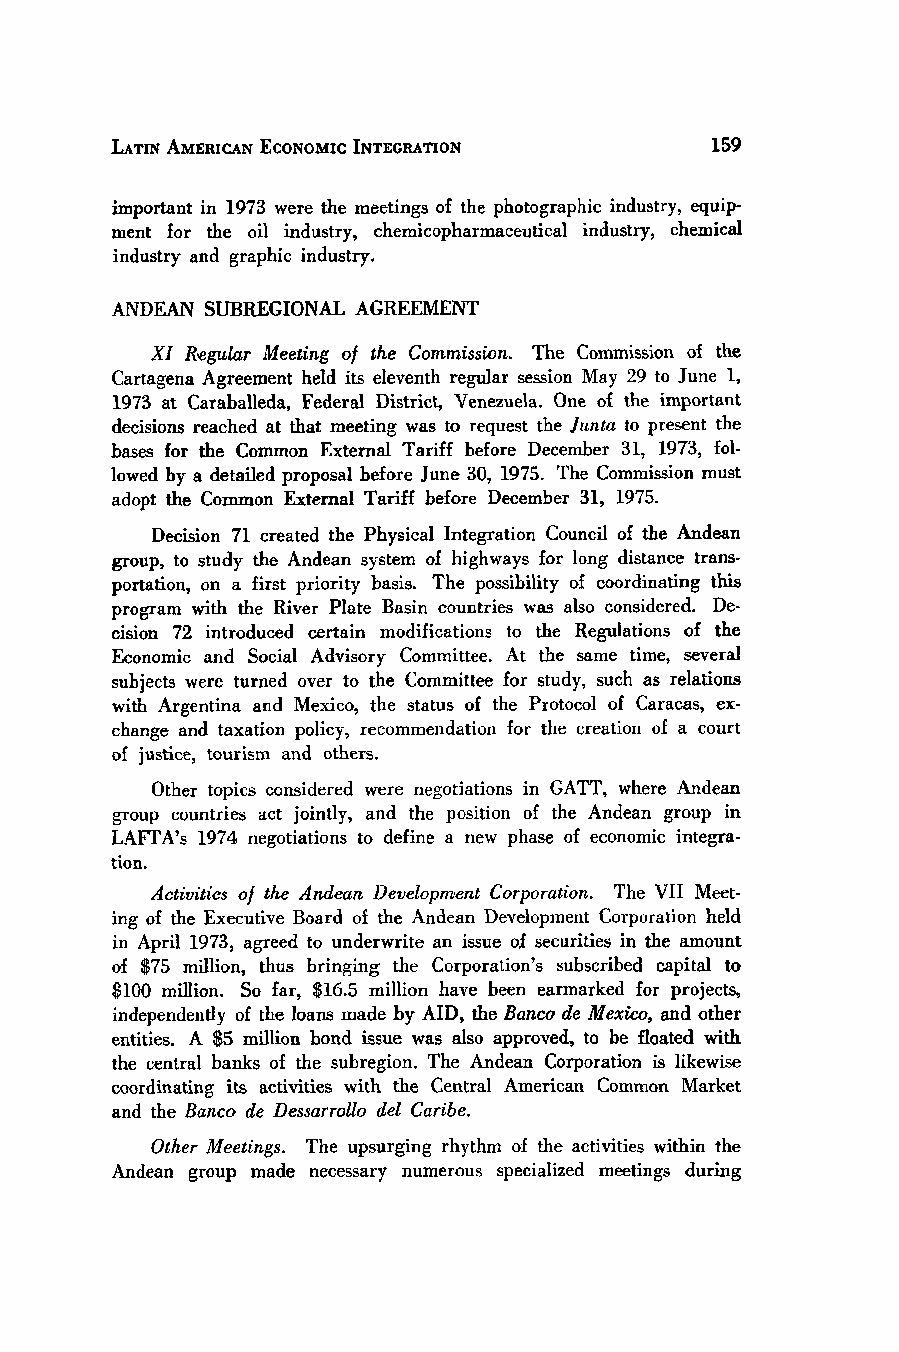
LATIN AMERICAN ECONOMIC INTEGRATION
 important in 1973 were the meetings of the photographic industry, equip-
 ment for the oil industry, chemicopharmaceutical industry, chemical
 industry and graphic industry.
 ANDEAN SUBREGIONAL AGREEMENT
 XI Regular Meeting of the Commission. The Commission of the
 Cartagena Agreement held its eleventh regular session May 29 to June 1,
 1973 at Caraballeda, Federal District, Venezuela. One of the important
 decisions reached at that meeting was to request the Junta to present the
 bases for the Common External Tariff before December 31, 1973, fol-
 lowed by a detailed proposal before June 30, 1975. The Commission must
 adopt the Common External Tariff before December 31, 1975.
 Decision 71 created the Physical Integration Council of the Andean
 group, to study the Andean system of highways for long distance trans-
 portation, on a first priority basis. The possibility of coordinating this
 program with the River Plate Basin countries was also considered. De-
 cision 72 introduced certain modifications to the Regulations of the
 Economic and Social Advisory Committee. At the same time, several
 subjects were turned over to the Committee for study, such as relations
 with Argentina and Mexico, the status of the Protocol of Caracas, ex-
 change and taxation policy, recommendation for the creation of a court
 of justice, tourism and others.
 Other topics considered were negotiations in GATT, where Andean
 group countries act jointly, and the position of the Andean group in
 LAFTA's 1974 negotiations to define a new phase of economic integra-
 tion.
 Activities of the Andean Development Corporation. The VII Meet-
 ing of the Executive Board of the Andean Development Corporation held
 in April 1973, agreed to underwrite an issue of securities in the amount
 of $75 million, thus bringing the Corporation's subscribed capital to
 $100 million. So far, $16.5 million have been earmarked for projects,
 independently of the loans made by AID, the Banco de Mexico, and other
 entities. A $5 million bond issue was also approved, to be floated with
 the central banks of the subregion. The Andean Corporation is likewise
 coordinating its activities with the Central American Common Market
 and the Banco de Dessarrollo del Caribe.
 Other Meetings. The upsurging rhythm of the activities within the
 Andean group made necessary numerous specialized meetings during